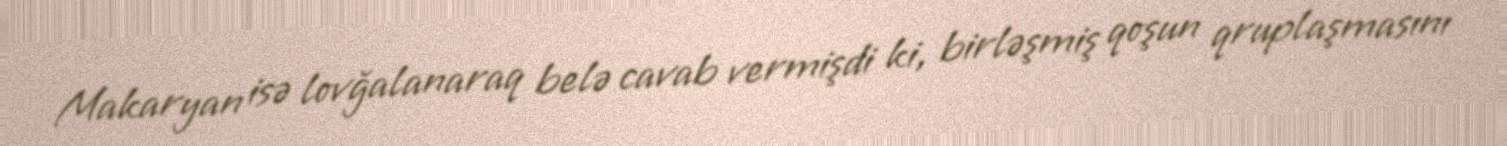
Makaryan isə lovğalanaraq belə cavab vermişdi ki, birləşmiş qoşun qruplaşmasını